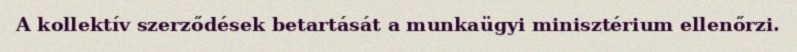
A kollektív szerződések betartását a munkaügyi minisztérium ellenőrzi.